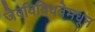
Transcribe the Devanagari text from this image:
जैवविविधतेमधून